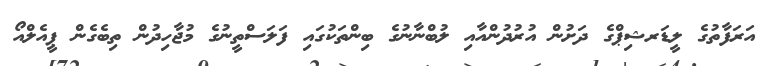
އަރަފާތުގެ ލީޑަރޝިޕްގެ ދަށުން އުރުދުންއާއި ލުބްނާނުގެ ބިންތަކުގައި ފަލަސްތީނުގެ މުޖާހިދުން ތިބެގެން ޕީއެލްއޯ